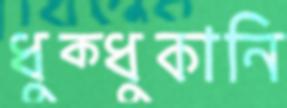
ধুক্‌ধুকানি